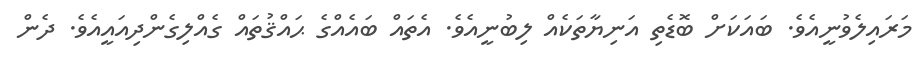
މަރައިލެވުނީއެވެ. ބައަކަށް ބޮޑެތި އަނިޔާތަކެއް ލިބުނީއެވެ. އެތައް ބައެއްގެ ޙައްޤުތައް ގެއްލިގެންދިއައީއެވެ. ދެން